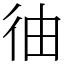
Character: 㣙